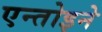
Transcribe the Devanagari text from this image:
एन्तोइने